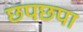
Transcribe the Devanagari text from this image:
छपछपा